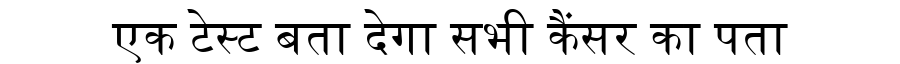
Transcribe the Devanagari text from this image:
एक टेस्ट बता देगा सभी कैंसर का पता